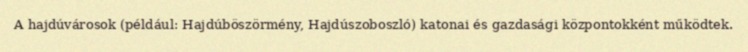
A hajdúvárosok (például: Hajdúböszörmény, Hajdúszoboszló) katonai és gazdasági központokként működtek.